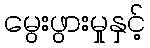
မွေးဖွားမှုနှင့်